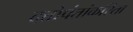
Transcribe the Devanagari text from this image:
दत्तोपंतांकरिता